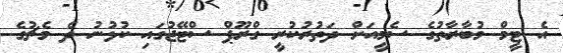
އެ ޓީމް މުބާރާތުގެ ސެމީއަށް ދަތުރުކުރީ ގްރޫޕް ސްޓޭޖުގައި ކުޅުނު ދެ މެޗުގެ